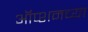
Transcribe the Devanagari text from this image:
ऑप्शनच्या